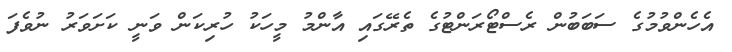
އެހެންވުމުގެ ސަބަބުން ރެސްޓޯރަންޓުގެ ތެރޭގައި އާންމު މީހަކު ހުރިކަން ވަނީ ކަށަވަރު ނުވެފަ